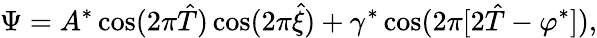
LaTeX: \Psi=A^{*}\cos(2\pi\hat{T})\cos(2\pi\hat{\xi})+\gamma^{*}\cos(2\pi[2\hat{T}-\varphi^{*}]),